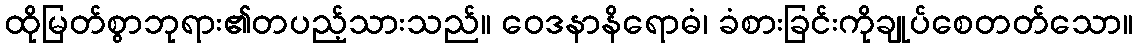
ထိုမြတ်စွာဘုရား၏တပည့်သားသည်။ ဝေဒနာနိရောဓံ၊ ခံစားခြင်းကိုချုပ်စေတတ်သော။